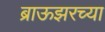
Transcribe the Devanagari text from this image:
ब्राऊझरच्या